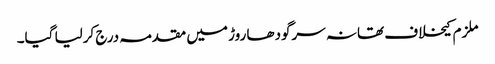
ملزم کیخلاف تھانہ سرگودھا روڑ میں مقدمہ درج کرلیا گیا۔